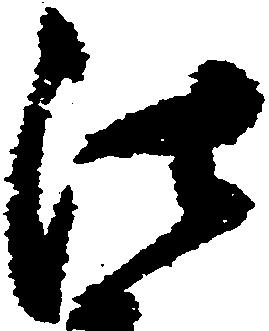
法